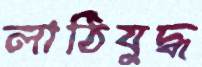
লাঠিযুদ্ধ